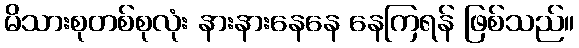
မိသားစုတစ်စုလုံး နားနားနေနေ နေကြရန် ဖြစ်သည်။